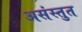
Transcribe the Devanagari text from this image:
असंस्तुत